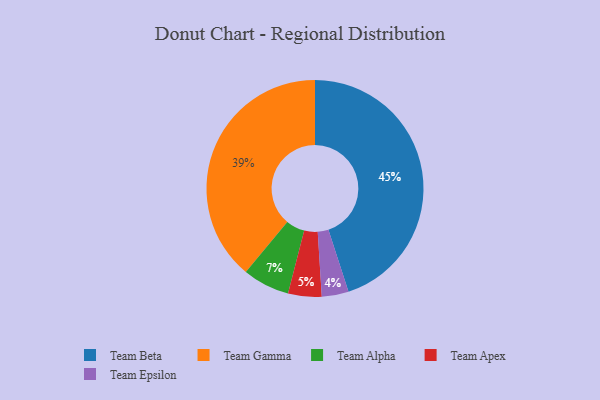
{"axis": {"x": "Category", "y": "Percentage"}, "legend": ["Team Alpha", "Team Apex", "Team Beta", "Team Epsilon", "Team Gamma"], "data": [{"x": "Team Apex", "y": 5, "type": "Team Apex"}, {"x": "Team Epsilon", "y": 4, "type": "Team Epsilon"}, {"x": "Team Alpha", "y": 7, "type": "Team Alpha"}, {"x": "Team Beta", "y": 45, "type": "Team Beta"}, {"x": "Team Gamma", "y": 39, "type": "Team Gamma"}]}